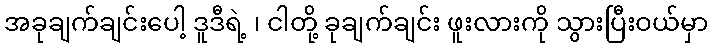
အခုချက်ချင်းပေါ့ ဒူဒီရဲ့ ၊ ငါတို့ ခုချက်ချင်း ဖူးလားကို သွားပြီးဝယ်မှာ